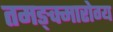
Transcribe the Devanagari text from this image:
तमङ्क्मारोग्य